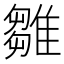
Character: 雛